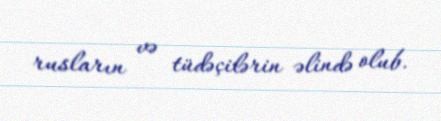
rusların və tüdəçilərin əlində olub.